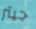
جيتر